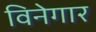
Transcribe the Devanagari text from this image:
विनेगार